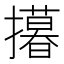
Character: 𢸓